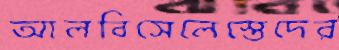
আলবিসেলেস্তেদের